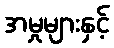
အမှုများနှင့်